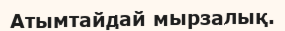
Атымтайдай мырзалық.